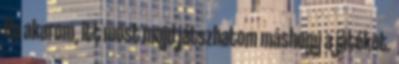
Ha akarom, itt most majd játszhatom máshogy a játékot.